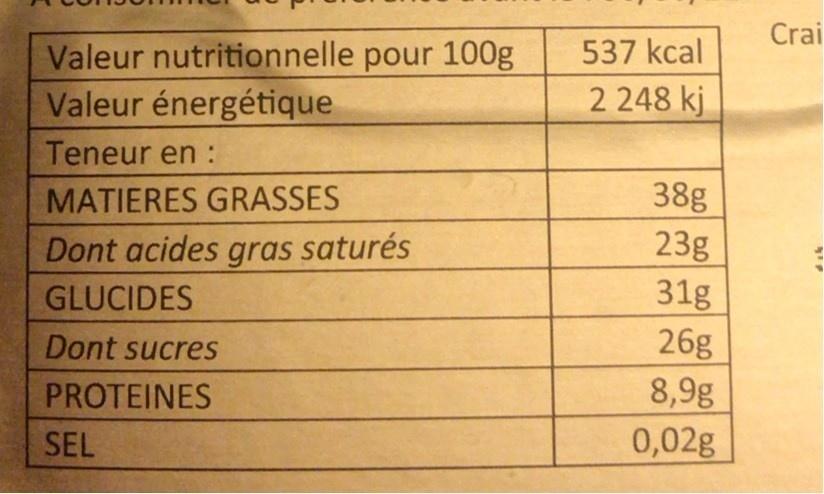
Crai
537 kcal
Valeur nutritionnelle pour 100g Valeur énergétique
2 248 kj
Teneur en :
MATIERES GRASSES Dont acides gras saturés
38g 23g 31g
GLUCIDES
26g 8,9g
Dont sucres
PROTEINES
SEL
0,02g